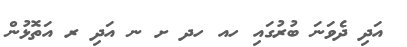
އަދި ދެވަނަ ބުރުގައި ހއ ހދ ށ ނ އަދި ރ އަތޮޅުން